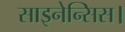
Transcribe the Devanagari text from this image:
साइनेन्सिस।